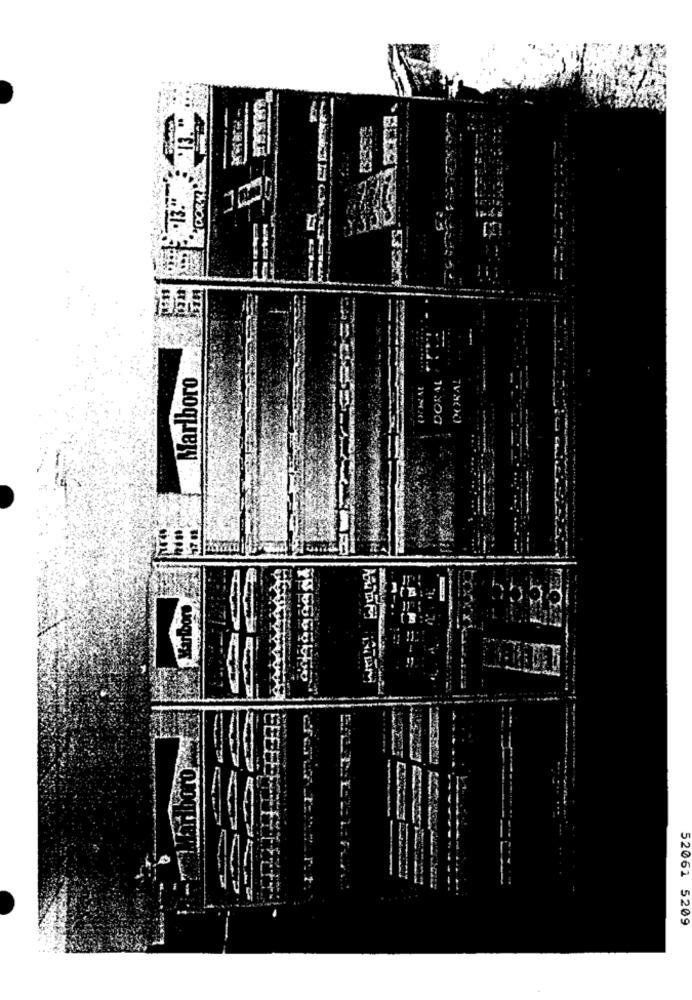
Marlboro
TVM(X)
52061 5209